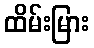
ထိမ်းမြား